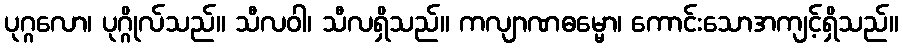
ပုဂ္ဂလော၊ ပုဂ္ဂိုလ်သည်။ သီလဝါ၊ သီလရှိသည်။ ကလျာဏဓမ္မော၊ ကောင်းသောအကျင့်ရှိသည်။